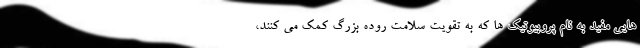
هایی مفید به نام پروبیوتیک ها که به تقویت سلامت روده بزرگ کمک می کنند،